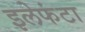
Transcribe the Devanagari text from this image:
इलेफंटा